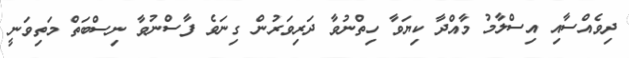
ދިވެއްސާއި އިސްލާމު މާއްދާ ކިޔަވާ ހިތްނުވާ ދަރިވަރުން ގިނަވެ ފާސްނުވާ ނިސްބަތް މަތިވަނީ